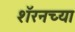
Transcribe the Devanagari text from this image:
शॅरनच्या